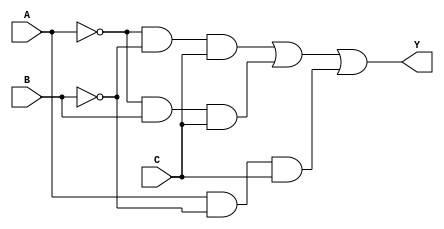
module kmap_3var (
    input wire A, // Input variable A
    input wire B, // Input variable B
    input wire C, // Input variable C
    output wire Y // Output variable Y
);

// K-map implementation based on the provided truth table
// K-map layout:
// BC
//  00  01  11  10
// +----------------
// A| 0   1   3   2  (Row A=0)
// 0| 0   1   1   0  (Row A=1)

// The minterms corresponding to the K-map are:
// Minterm 1: A=0, B=0, C=1  (Y = 1 when A=0, B=0, C=1)
// Minterm 2: A=0, B=1, C=1  (Y = 1 when A=0, B=1, C=1)
// Minterm 3: A=1, B=0, C=1  (Y = 1 when A=1, B=0, C=1)

assign Y = (~A & ~B & C) | (~A & B & C) | (A & ~B & C);

endmodule